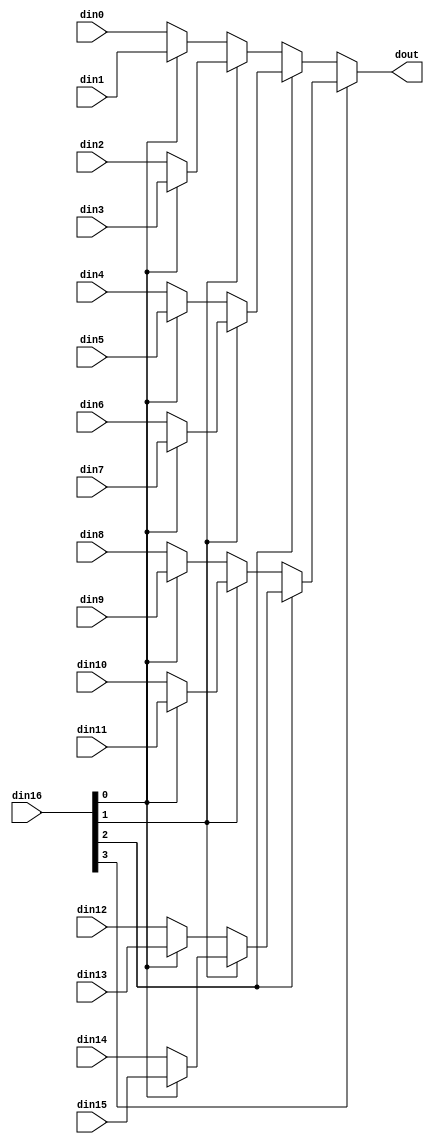
// ==============================================================
// Vivado(TM) HLS - High-Level Synthesis from C, C++ and SystemC v2019.2 (64-bit)
// Copyright 1986-2019 Xilinx, Inc. All Rights Reserved.
// ==============================================================

`timescale 1ns/1ps

module myproject_mux_164_16_1_1_x0 #(
parameter
    ID                = 0,
    NUM_STAGE         = 1,
    din0_WIDTH       = 32,
    din1_WIDTH       = 32,
    din2_WIDTH       = 32,
    din3_WIDTH       = 32,
    din4_WIDTH       = 32,
    din5_WIDTH       = 32,
    din6_WIDTH       = 32,
    din7_WIDTH       = 32,
    din8_WIDTH       = 32,
    din9_WIDTH       = 32,
    din10_WIDTH       = 32,
    din11_WIDTH       = 32,
    din12_WIDTH       = 32,
    din13_WIDTH       = 32,
    din14_WIDTH       = 32,
    din15_WIDTH       = 32,
    din16_WIDTH         = 32,
    dout_WIDTH            = 32
)(
    input  [15 : 0]     din0,
    input  [15 : 0]     din1,
    input  [15 : 0]     din2,
    input  [15 : 0]     din3,
    input  [15 : 0]     din4,
    input  [15 : 0]     din5,
    input  [15 : 0]     din6,
    input  [15 : 0]     din7,
    input  [15 : 0]     din8,
    input  [15 : 0]     din9,
    input  [15 : 0]     din10,
    input  [15 : 0]     din11,
    input  [15 : 0]     din12,
    input  [15 : 0]     din13,
    input  [15 : 0]     din14,
    input  [15 : 0]     din15,
    input  [3 : 0]    din16,
    output [15 : 0]   dout);

// puts internal signals
wire [3 : 0]     sel;
// level 1 signals
wire [15 : 0]         mux_1_0;
wire [15 : 0]         mux_1_1;
wire [15 : 0]         mux_1_2;
wire [15 : 0]         mux_1_3;
wire [15 : 0]         mux_1_4;
wire [15 : 0]         mux_1_5;
wire [15 : 0]         mux_1_6;
wire [15 : 0]         mux_1_7;
// level 2 signals
wire [15 : 0]         mux_2_0;
wire [15 : 0]         mux_2_1;
wire [15 : 0]         mux_2_2;
wire [15 : 0]         mux_2_3;
// level 3 signals
wire [15 : 0]         mux_3_0;
wire [15 : 0]         mux_3_1;
// level 4 signals
wire [15 : 0]         mux_4_0;

assign sel = din16;

// Generate level 1 logic
assign mux_1_0 = (sel[0] == 0)? din0 : din1;
assign mux_1_1 = (sel[0] == 0)? din2 : din3;
assign mux_1_2 = (sel[0] == 0)? din4 : din5;
assign mux_1_3 = (sel[0] == 0)? din6 : din7;
assign mux_1_4 = (sel[0] == 0)? din8 : din9;
assign mux_1_5 = (sel[0] == 0)? din10 : din11;
assign mux_1_6 = (sel[0] == 0)? din12 : din13;
assign mux_1_7 = (sel[0] == 0)? din14 : din15;

// Generate level 2 logic
assign mux_2_0 = (sel[1] == 0)? mux_1_0 : mux_1_1;
assign mux_2_1 = (sel[1] == 0)? mux_1_2 : mux_1_3;
assign mux_2_2 = (sel[1] == 0)? mux_1_4 : mux_1_5;
assign mux_2_3 = (sel[1] == 0)? mux_1_6 : mux_1_7;

// Generate level 3 logic
assign mux_3_0 = (sel[2] == 0)? mux_2_0 : mux_2_1;
assign mux_3_1 = (sel[2] == 0)? mux_2_2 : mux_2_3;

// Generate level 4 logic
assign mux_4_0 = (sel[3] == 0)? mux_3_0 : mux_3_1;

// output logic
assign dout = mux_4_0;

endmodule